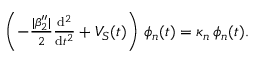
\begin{array} { r } { \left( - \frac { | \beta _ { 2 } ^ { \prime \prime } | } { 2 } \frac { \mathrm { { d } } ^ { 2 } } { \mathrm { { d } } t ^ { 2 } } + V _ { S } ( t ) \right) \, \phi _ { n } ( t ) = \kappa _ { n } \, \phi _ { n } ( t ) . } \end{array}